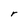
Character: r